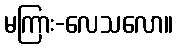
မကြား-လေသလော။